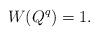
LaTeX: \begin{align*} W(Q^q)=1.\end{align*}